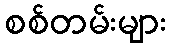
စစ်တမ်းများ